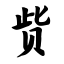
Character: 赀